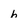
Character: h